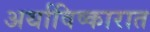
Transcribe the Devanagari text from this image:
अर्थाविष्कारात